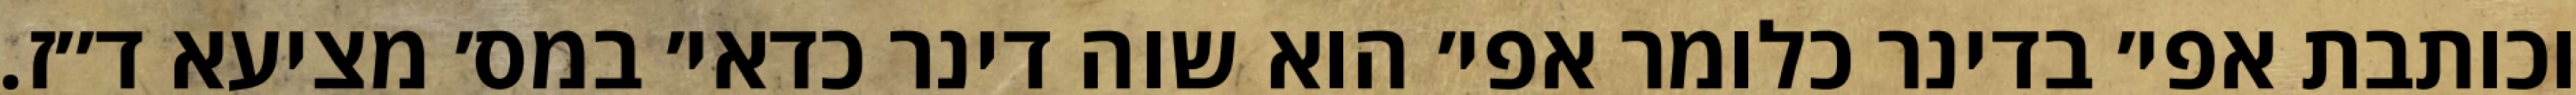
וכותבת אפי׳ בדינר כלומר אפי׳ הוא שוה דינר כדאי׳ במס׳ מציעא ד״ז.